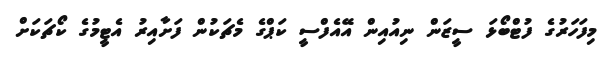
މިފަހަރުގެ ފުޓްބޯޅަ ސީޒަން ނިއުއިން އޭއެފްސީ ކަޕްގެ މެޗަކުން ފަށާއިރު އެޓީމުގެ ކޯޗަކަށް